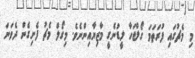
މި މެޗުގައި ފުރަތަމަ ގޯލްޖަހާ ލީޑުނެގީ މާޒިޔާއިންނެވެ. މިގޯލް މެޗު ފެށިގެން ދެވަނަ